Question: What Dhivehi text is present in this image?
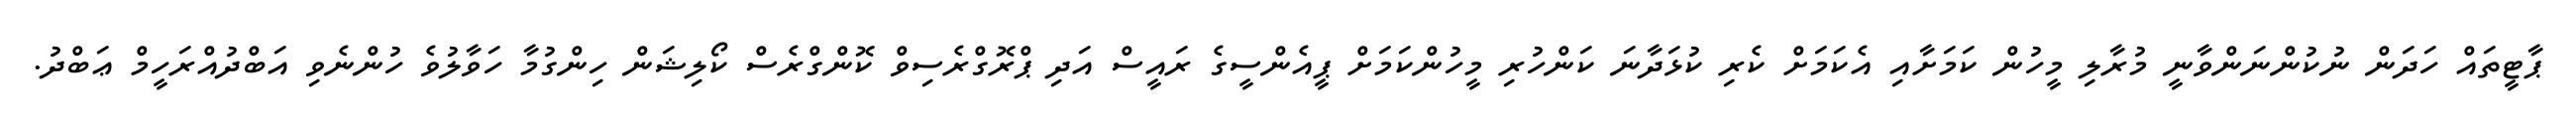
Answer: ޕާޓީތައް ހަދަން ނުކުންނަންވާނީ މުރާލި މީހުން ކަމަށާއި އެކަމަށް ކެރި ކުޅަދާނަ ކަންހުރި މީހުންކަމަށް ޕީއެންސީގެ ރައީސް އަދި ޕްރޮގްރެސިވް ކޮންގްރެސް ކޯލިޝަން ހިންގުމާ ހަވާލުވެ ހުންނެވި އަބްދުއްރަހީމް ޢަބްދު.